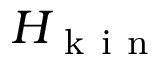
H _ { \mathrm { ~ k ~ i ~ n ~ } }